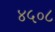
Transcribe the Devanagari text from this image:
४५०८